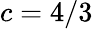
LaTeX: c=4/3